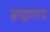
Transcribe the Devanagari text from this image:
ब्राह्मणत्य